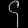
Digit: ၄